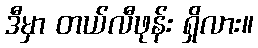
ဒီမှာ တယ်လီဖုန်း ရှိလား။